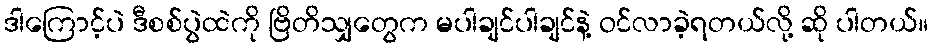
ဒါကြောင့်ပဲ ဒီစစ်ပွဲထဲကို ဗြိတိသျှတွေက မပါချင်ပါချင်နဲ့ ဝင်လာခဲ့ရတယ်လို့ ဆို ပါတယ်။